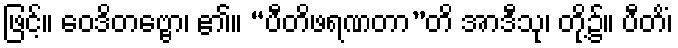
ဖြင့်။ ဝေဒိတဗ္ဗော၊ ၏။ “ပီတိဖရဏတာ”တိ အာဒီသု၊ တို့၌။ ပီတိံ၊